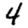
Digit: 4